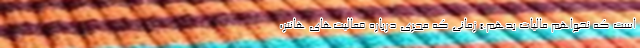
است که نخواهم مالیات بدهم.» زمانی که مجری درباره فعالیت‌های هانتر،